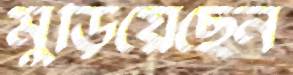
মুড়িয়েছেন